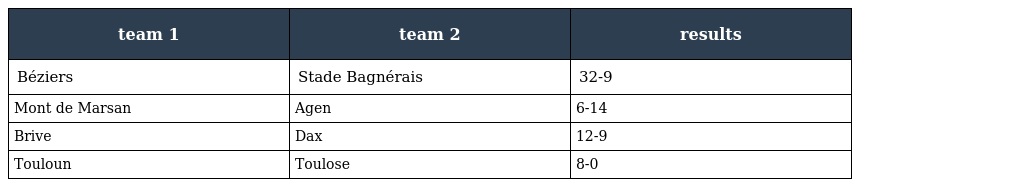
| team 1 | team 2 | results |
 | --- | --- | --- |
 | Béziers | Stade Bagnérais | 32-9 |
 | Mont de Marsan | Agen | 6-14 |
 | Brive | Dax | 12-9 |
 | Touloun | Toulose | 8-0 |